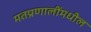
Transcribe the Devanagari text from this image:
मतप्रणालींमधील